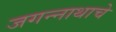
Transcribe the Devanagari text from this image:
जगन्‍नाथाचे